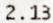
2.13